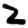
Digit: 2